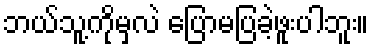
ဘယ်သူ့ကိုမှလဲ ပြောမပြခဲ့ဖူးပါဘူး။